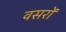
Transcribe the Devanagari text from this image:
वसरों